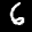
Label: 6